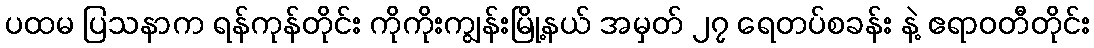
ပထမ ပြသနာက ရန်ကုန်တိုင်း ကိုကိုးကျွန်းမြို့နယ် အမှတ် ၂၇ ရေတပ်စခန်း နဲ့ ဧရာဝတီတိုင်း